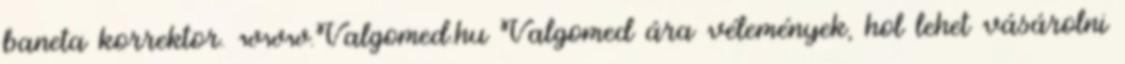
baneta korrektor. www.Valgomed.hu Valgomed ára vélemények, hol lehet vásárolni